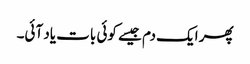
پھر ایک دم جیسے کوئی بات یاد آئی۔